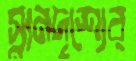
স্নানদৃশ্যের